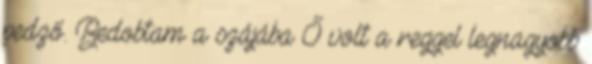
pedző. Bedobtam a szájába Ő volt a reggel legnagyobb